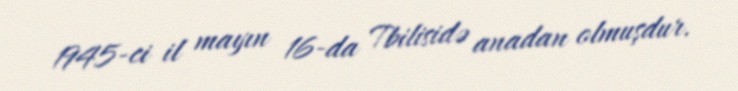
1945-ci il mayın 16-da Tbilisidə anadan olmuşdur.